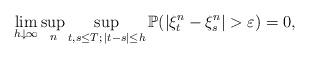
LaTeX: \begin{align*}\lim_{h\downarrow \infty} \sup_n \sup_{t,s\le T; \, |t-s|\le h}\mathbb P(|\xi^n_t - \xi^n_s|>\varepsilon) = 0,\end{align*}